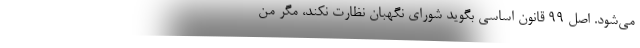
می‌شود. اصل ۹۹ قانون اساسی بگوید شورای نگهبان نظارت نکند، مگر منِ